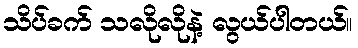
သိပ်ခက် သလိုလိုနဲ့ လွယ်ပါတယ်။